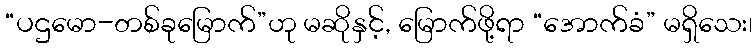
“ပဌမော-တစ်ခုမြောက်”ဟု မဆိုနှင့်, မြောက်ဖို့ရာ “အောက်ခံ” မရှိသေး၊